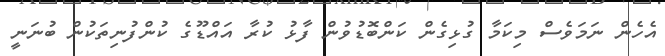
އެހެން ނަމަވެސް މިކަމާ ގުޅިގެން ކަންބޮޑުވުން ފާޅު ކުރާ އައްޑޫގެ ކުންފުނިތަކުން ބުނަނީ